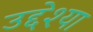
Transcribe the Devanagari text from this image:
उद्देश्या